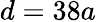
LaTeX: d=38a